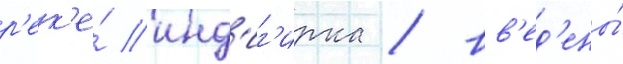
р'ек'е́ инд'иг'ирка / вв'ед'ены́